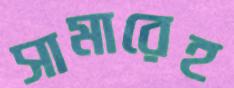
সামারেহ